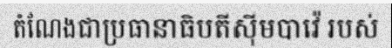
តំណែងជាប្រធានាធិបតីស៊ីមបាវ៉េ របស់